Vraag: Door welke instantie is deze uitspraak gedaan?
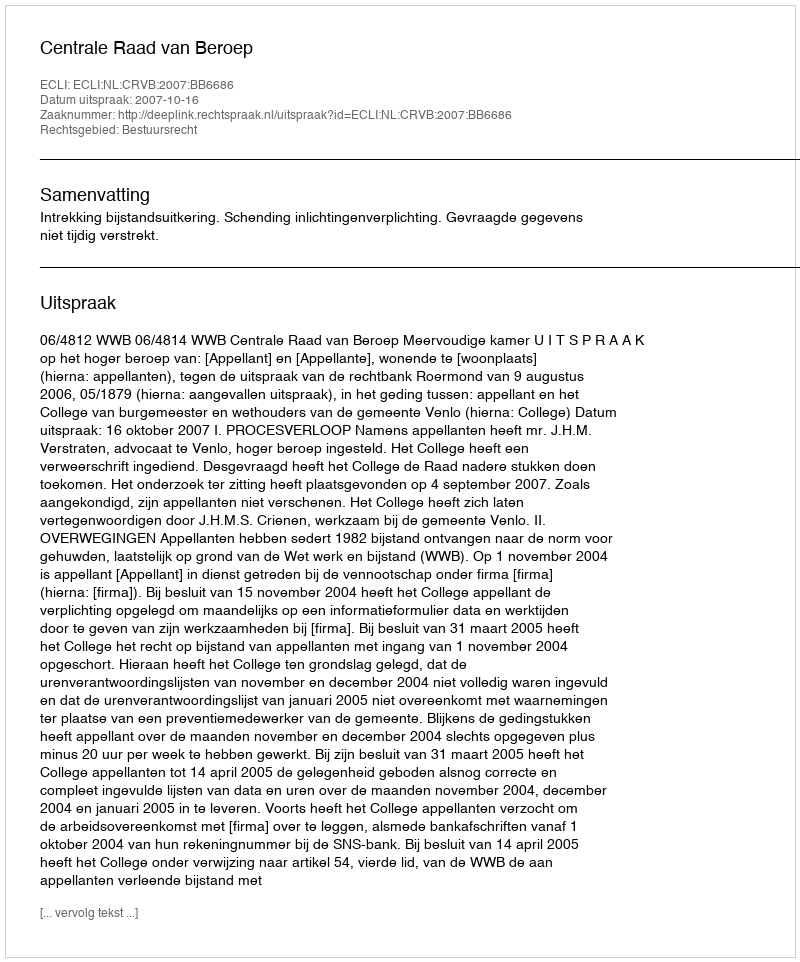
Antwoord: Centrale Raad van Beroep